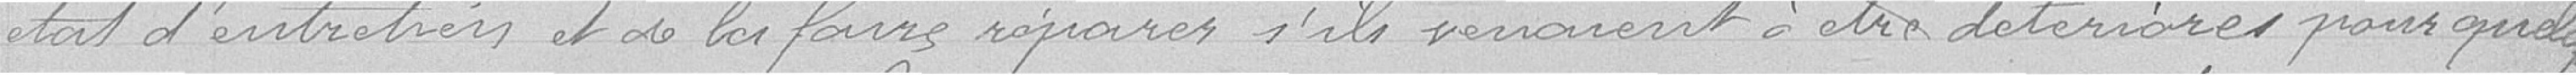
état d'entretien et de faire réparer s'ils verraient à être détériorés, pour quelques